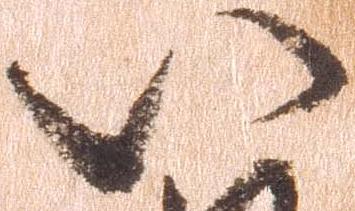
八